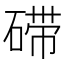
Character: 𱴙